Annual report of the Bengal Veterinary College and of the Civil Veterinary Department, Bengal, for the year 1907-1908 - 1907-1908
Year: 1907
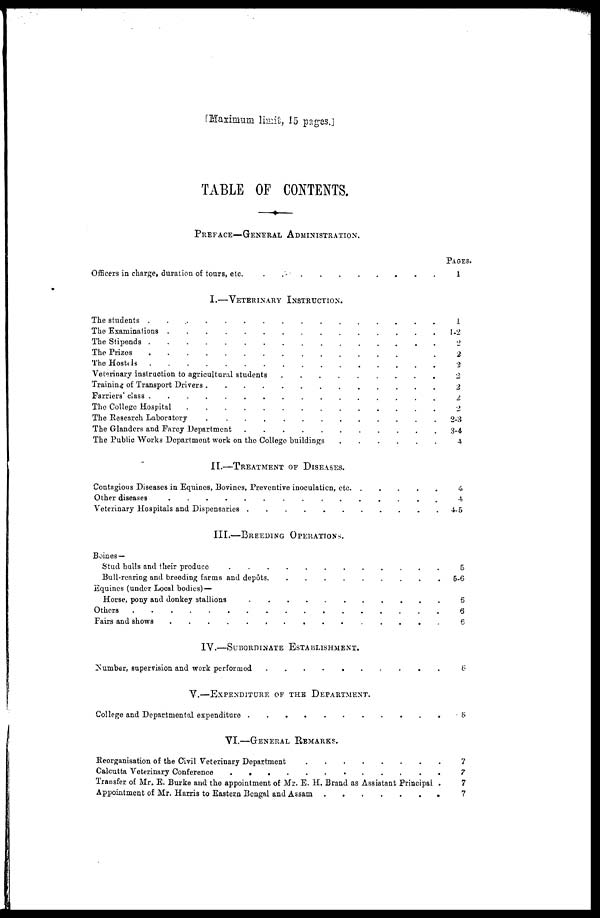
[Maximum limit, 15 pages.]
TABLE OF CONTENTS.
PREFACE—GENERAL ADMInNISTRATION.
Officers in charge, duration of tours, etc . . . . . . . . . . . . . . . .
I.—VETERINARY INSTRUCTION.
The students
.
.
.
.
.
.
.
.
.
.
.
.
.
.
.
.
The Examinations
.
.
.
.
.
.
.
.
.
.
.
.
.
.
.
.
The Stipends
.
.
.
.
.
.
.
.
.
.
.
.
.
.
.
.
The Prizes
.
.
.
.
.
.
.
.
.
.
.
.
.
.
.
.
The Hostels
.
.
.
.
.
.
.
.
.
.
.
.
.
.
.
.
Veterinary instruction to agricultural students . . . . . . . . . . . . . . . .
Training of Transport Drivers . . . . . . . . . . . . . . . .
Farriers' class
.
.
.
.
.
.
.
.
.
.
.
.
.
.
.
.
The College Hospital
.
.
.
.
.
.
.
.
.
.
.
.
.
.
.
.
The Research Laboratory
.
.
.
.
.
.
.
.
.
.
.
.
.
.
.
.
The Glanders and Farcy Department . . . . . . . . . . . . . . . .
The Public Works Department work on the College buildings . . . . . . . . . . . . . . . .
II.—TREATMENT OF DISEASES.
Contagious Diseases in Equines, Bovines, Preventive inoculation, etc.
.
.
.
.
.
III.—BREEDING OPERATIONS.
Boines —
Stud buils and their produce . . . . . . . . . . . . . . .
Bull-rearing and breeding farms and depôts . . . . . . . . . . . . . . .
Equines (under Local bodies) —
Horse, pony and donkey stallions . . . . . . . . . . . . . . .
Others . . . . . . . . . . . . . . .
Fairs and shows . . . . . . . . . . . . . . .
IV.—SUBORDINATE ESTABLISHMENT.
Number, supervision and work performed . . . . . . . . . . . . . . . .
V.—EXPENDITURE OF THE DEPARTMEnNT.
College and Departmental expenditure . . . . . . . . . . . . . . . .
VI.—GENERAL REMARKS.
Reorganisation of the Civil Veterinary Department . . . . . . . . . . . . . . .
Calcutta Veterinary Coference . . . . . . . . . . . . . . .
Transfer of Mr. E. Burke and the appointment of Mr. E. H. Brand as Assistant Principal .
Appointment of Mr. Harris to Eastern Bengal and Assam . . . . . . . . . . . . . . . .
Pages.
I
1
1-2
2
2
2
2
2
2
2
2-3
3-4
4
4
4
4-5
5
5-6
6
6
6
6
6
7
7
7
7